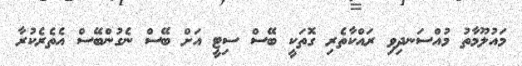
މައުލޫމާތު މުއްސަނދިވި ރައްކާތެރި ގޮތަކީ ބޭސް ސިޓީ އަށް ބޭސް ނެގުންބޭސް އެތެރެކުރާ